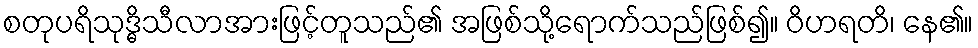
စတုပရိသုဒ္ဓိသီလာအားဖြင့်တူသည်၏ အဖြစ်သို့ရောက်သည်ဖြစ်၍။ ဝိဟရတိ၊ နေ၏။